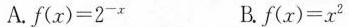
A.$$f ( x ) = 2 ^ { - x }$$ B.$$f ( x ) = x ^ { 2 }$$